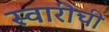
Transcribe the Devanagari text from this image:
स्वारीची